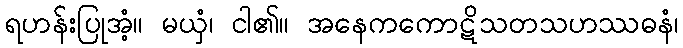
ရဟန်းပြုအံ့။ မယှံ၊ ငါ၏။ အနေကကောဋိသတသဟဿဓနံ၊